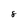
Character: 8